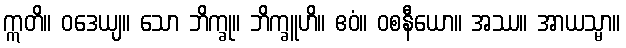
ဣတိ။ ဝဒေယျ။ သော ဘိက္ခု။ ဘိက္ခူဟိ။ ဧဝံ။ ဝစနီယော။ အဿ။ အာယသ္မာ။